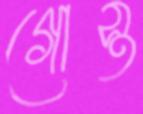
গোস্ত